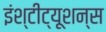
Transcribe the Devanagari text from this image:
इंश्टीट्यूशन्स